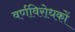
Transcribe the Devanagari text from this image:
वर्णविरोधकों